Annual report of the Punjab Veterinary College and of the Civil Veterinary Department, Punjab - 1909-1919
Year: 1909
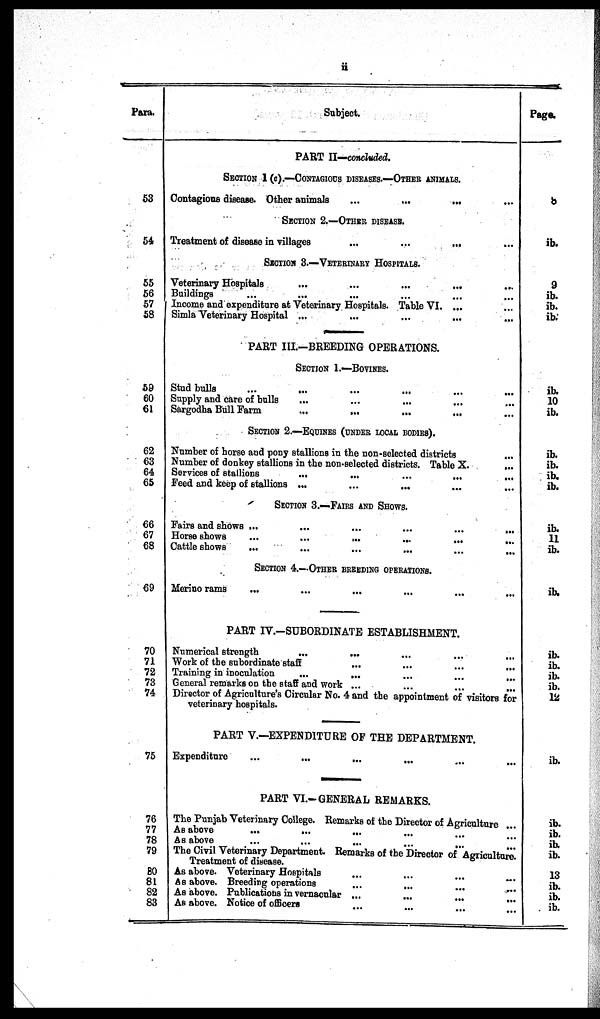
ii
Para.
53
54
55
56
57
58
59
60
61
62
63
64
65
66
67
68
69
70
71
72
73
74
75
76
77
78
79
80
81
82
83
Subject.
PART II—concluded.
SECTION 1 (c).—CONTAGIOUS DISEASES.—OTHER ANIMALS.
Contagious disease. Other animals
...
...
...
SECTION 2.—OTHER DISEASE.
Treatment of disease in villages
...
...
...
SECTION 3.—VETERINARY HOSPITALS.
Veterinary Hospitals
...
...
...
...
Buildings ... ... ... ...
Income and expenditure at Veterinary Hospitals. Table VI. ... ...
Simla Veterinary Hospital ... ... ... ... ...
PART III.-BREEDING OPERATIONS.
SECTION 1.—BOVINES.
Stud bulls ... ... ... ...
Supply and care of bulls ... ... ... ...
Sargodha Bull Farm
...
...
...
...
SECTION 2.—EQUINES (UNDER LOCAL BODIES).
Number of horse and pony stallions in the non-selected districts ...
Number of donkey stallions in the non-selected districts. Table X.
...
Services of stallions
...
...
...
...
...
Feed and keep of stallions ...
...
...
SECTION 3.—FAIRS AND SHOWS.
Fairs and shows ... ... ... ... ...
Horse shows
...
...
...
...
...
...
Cattle shows
...
...
...
...
...
...
SECTION 4.—OTHER BREEDING OPERATION.
Merino rams ... ... ... ... ... ... ... ...
PART IV.–SUBORDINATE ESTABLISHMENT.
Numerical strength
...
...
...
...
...
Work of the subordinate staff ... ... ... ...
Training in inoculation
...
...
...
...
...
General remarks on the staff and work ...
...
...
...
Director of Agriculture's Circular No. 4 and the appointment of visitors for
veterinary hospitals.
PART V.—EXPENDITURE OF THE DEPARTMENT.
Expenditure
...
...
...
PART VI.—GENERAL REMARKS.
The Punjab Veterinary College. Remarks of the Director of Agriculture
As above
...
...
...
As above
...
...
...
...
...
The Civil Veterinary Department. Remarks of the Director of Agriculture.
Treatment of disease.
As above. Veterinary Hospitals
...
...
...
...
As above. Breeding operations
...
...
...
...
As above. Publications in vernacular ...
...
...
...
As above. Notice of officers
...
...
...
...
Page.
8
ib.
9
ib.
ib.
ib.
ib.
10
ib.
ib.
ib.
ib.
ib.
ib.
11
ib.
ib.
ib.
ib.
ib.
ib.
12
ib.
ib.
ib.
ib.
ib.
13
ib.
ib.
ib.